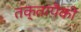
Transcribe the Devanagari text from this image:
तक्तांपैकी